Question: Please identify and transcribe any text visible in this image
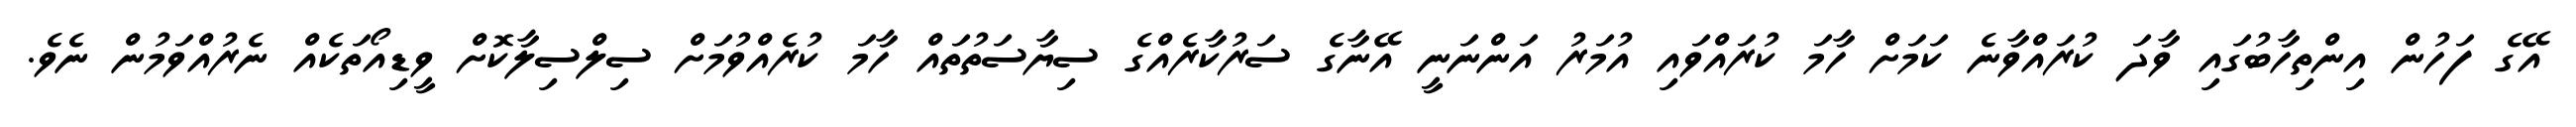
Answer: އޭގެ ފަހުން އިންތިހާބުގައި ވާދަ ކުރައްވާނެ ކަމަށް ހާމަ ކުރައްވައި އުމަރު އަންނަނީ އޭނާގެ ސަރުކާރެއްގެ ސިޔާސަތުތައް ހާމަ ކުރެއްވުމަށް ސިލްސިލާކޮށް ވީޑިއޯތަކެއް ނެރުއްވަމުން ނެވެ.